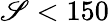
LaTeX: \mathscr{S}<150